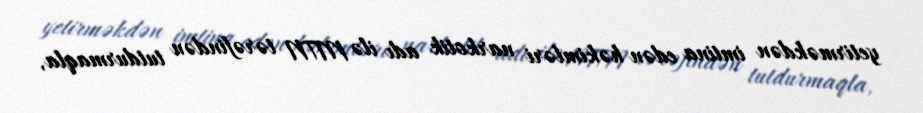
yetirməkdən imtina edən həkimləri narkotik adı ilə MTN tərəfindən tutdurmaqla,